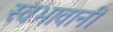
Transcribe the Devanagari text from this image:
स्वभावानी